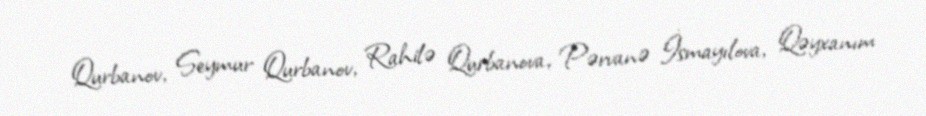
Qurbanov, Seymur Qurbanov, Rahilə Qurbanova, Pərvanə İsmayılova, Qəyxanım